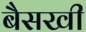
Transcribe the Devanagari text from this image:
बैसखी